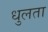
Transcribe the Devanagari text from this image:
धुलता